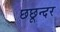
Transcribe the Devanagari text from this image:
छछून्दर